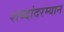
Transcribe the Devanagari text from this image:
शब्दांदरम्यान